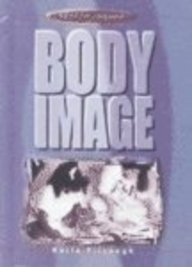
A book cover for Body Image (Health Issues); Karla Fitzhugh; Teen & Young Adult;